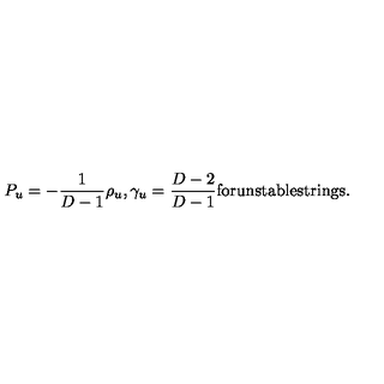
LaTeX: P _ { u } = - { \frac { 1 } { D - 1 } } \rho _ { u } , \gamma _ { u } = { \frac { D - 2 } { D - 1 } } \mathrm { f o r u n s t a b l e s t r i n g s . }